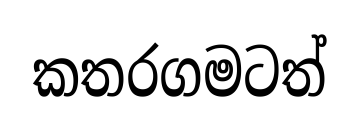
කතරගමටත්